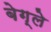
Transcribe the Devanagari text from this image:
बेग्ले